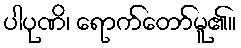
ပါပုဏိ၊ ရောက်တော်မူ၏။